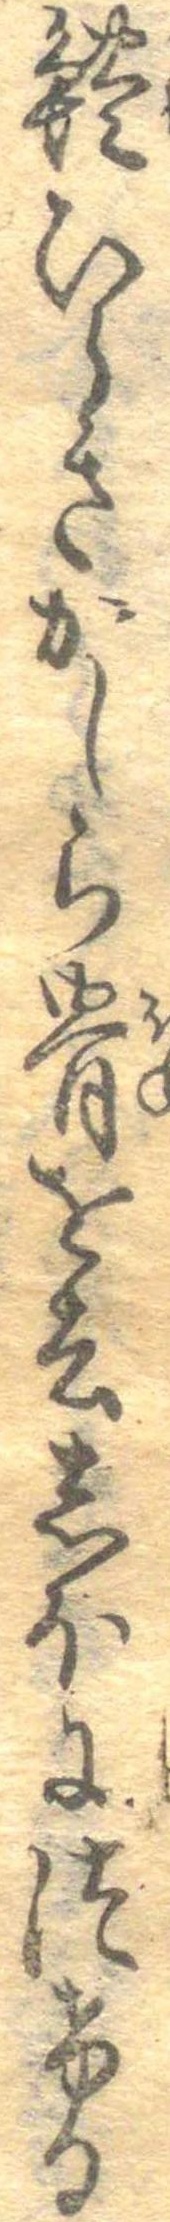
鱧ひらきかしら骨を去しほにつける